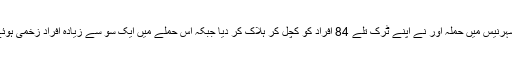
جنوبی شہرنیس میں حملہ آور نے اپنے ٹرک تلے 84 افراد کو کچل کر ہلاک کر دیا جبکہ اس حملے میں ایک سو سے زیادہ افراد زخمی ہوئے تھے۔